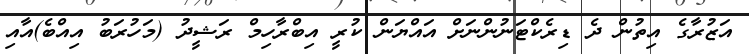
އަޒުރާގެ އިތުން ދެ ޑިރެކްޓަނުންނަށް އައްޔަން ކުރީ އިބްރާހިމް ރަޝީދު (މަހުރަބު އިއްބެ)އާއި